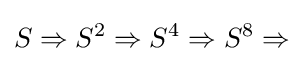
S\Rightarrow S^{2}\Rightarrow S^{4}\Rightarrow S^{8}\Rightarrow